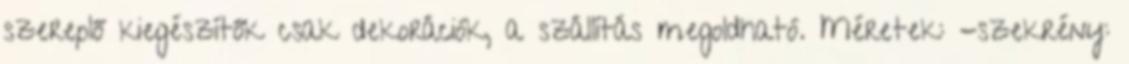
szereplő kiegészítők csak dekorációk, a szállítás megoldható. Méretek: -szekrény: